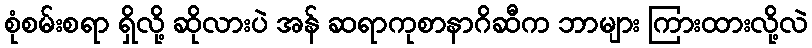
စုံစမ်းစရာ ရှိလို့ ဆိုလားပဲ အန် ဆရာကုစာနာဂိဆီက ဘာများ ကြားထားလို့လဲ